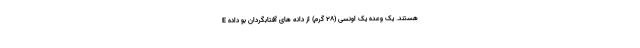
E هستند. یک وعده یک اونسی (28 گرم) از دانه های آفتابگردان بو داده